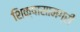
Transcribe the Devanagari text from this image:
शिक्षासामग्री